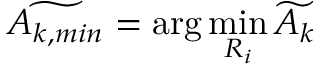
\widetilde { A _ { k , m i n } } = \arg \operatorname* { m i n } _ { R _ { i } } \widetilde { A _ { k } }